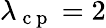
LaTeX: \lambda_{\mathrm{~c~p~}}=2